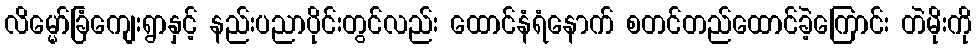
လိမ္မော်ခြံကျေးရွာနှင့် နည်းပညာပိုင်းတွင်လည်း ထောင်နံရံနောက် စတင်တည်ထောင်ခဲ့ကြောင်း တဲမိုးကို